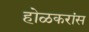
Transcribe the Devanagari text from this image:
होळकरांस